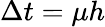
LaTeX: \Delta t=\mu h